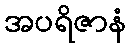
အပရိဇာနံ